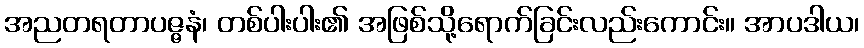
အညတရတာပဇ္ဇနံ၊ တစ်ပါးပါး၏ အဖြစ်သို့ရောက်ခြင်းလည်းကောင်း။ အာပဒါယ၊